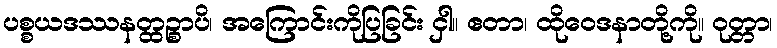
ပစ္စယဒဿနတ္ထဉ္စာပိ၊ အကြောင်းကိုပြခြင်း ငှါ။ ဧတာ၊ ထိုဝေဒနာတို့ကို။ ဝုတ္တာ၊